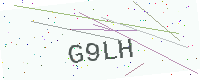
Text: G9LH